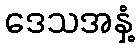
ဒေသအနှံ့